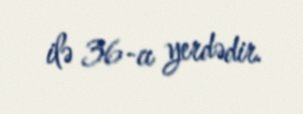
ilə 36-cı yerdədir.